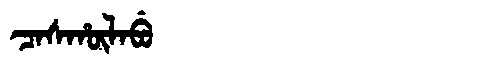
Manchu: ᠴᠠᠰᡥᡡᠯᠠᠪᡠ
Romanization: CASHŪLABU